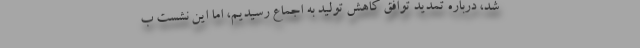
شد، درباره تمدید توافق کاهش تولید به اجماع رسیدیم، اما این نشست ب